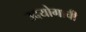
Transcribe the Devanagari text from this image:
उदयोगाची